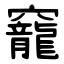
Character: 竉